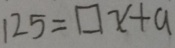
1 2 5 = \square x + a